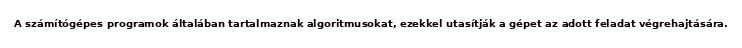
A számítógépes programok általában tartalmaznak algoritmusokat, ezekkel utasítják a gépet az adott feladat végrehajtására.